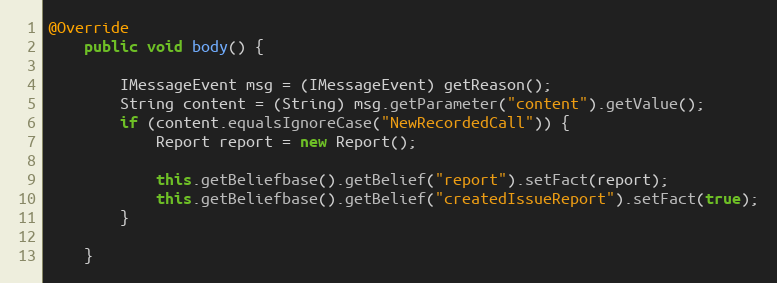
Language: Java
@Override
	public void body() {

		IMessageEvent msg = (IMessageEvent) getReason();
		String content = (String) msg.getParameter("content").getValue();
		if (content.equalsIgnoreCase("NewRecordedCall")) {
			Report report = new Report();

			this.getBeliefbase().getBelief("report").setFact(report);
			this.getBeliefbase().getBelief("createdIssueReport").setFact(true);
		}

	}